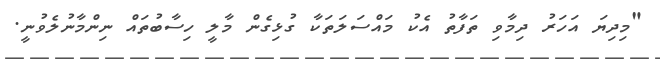
"މިދިޔަ އަހަރު ދިމާވި ތަފާތު އެކު މައްސަލަތަކާ ގުޅިގެން މާލީ ހިސާބުތައް ނިންމާނުލެވުނީ.